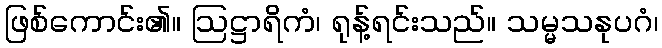
ဖြစ်ကောင်း၏။ ဩဋ္ဌာရိကံ၊ ရုန့်ရင်းသည်။ သမ္မသနုပဂံ၊